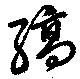
縞